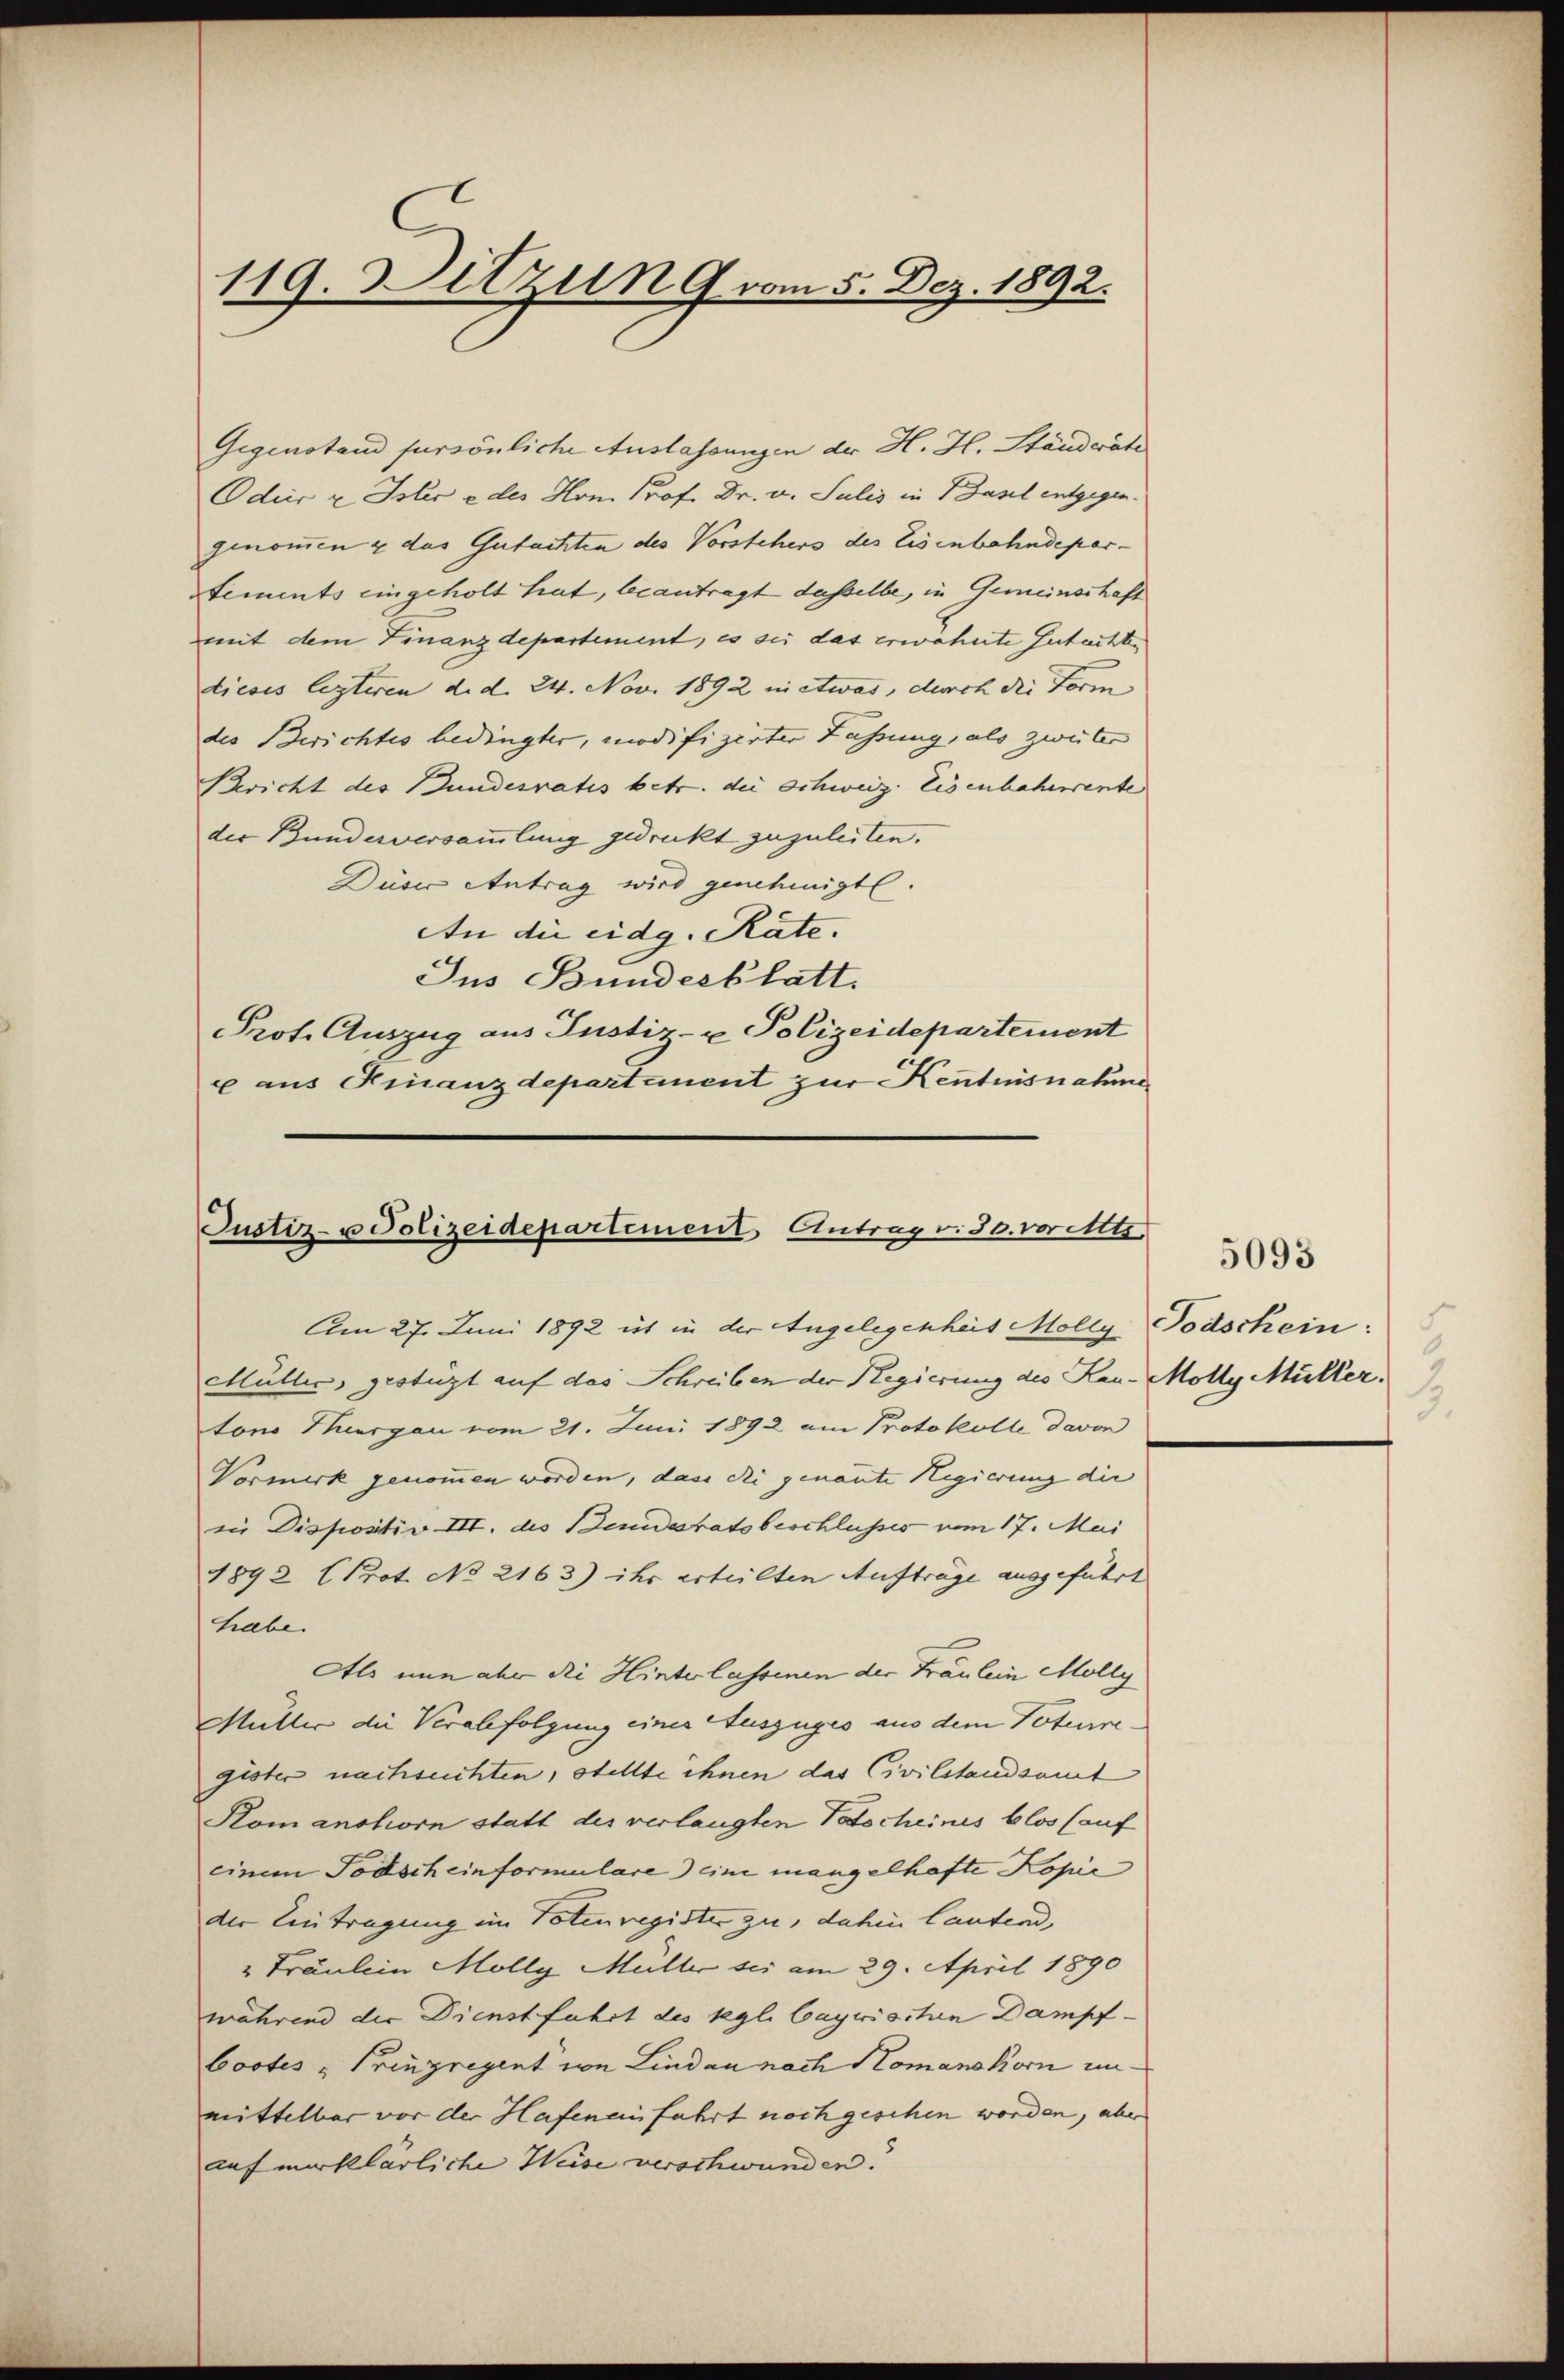
119. Sitzung vom 5. Dez. 1892.

Gegenstand fursönliche Auslassungen der H. H. Ständeräte
Oder u. Ister e des Hrn. Prof. Dr. v. Julis in Basel entgegen.
genommen & das Gutachten des Vorstehers des Eisenbahndeparstements eingeholt hat, beantragt dasselbe, in Gemeindschaft
mit dem Finanzdepartement, es sei das erwähnte Gutachte
ticois lezteren d. d. 24. Nov. 1892 in etwas, durch die Form
des Berichtes bedingter, modifizirter Fassung, als zweiter
Bericht des Bundesratis betr. die Schweiz. Eisenbaherrente
der Bundesversammlung gedruckt zuzuleiten.
Düser Antrag wird genehmigte.
An die eidg. Räte.
Jus Bundesblatt.
Prot. Auszug aus Justiz- u Polizeidepartement
u aus Finanzdepartement zur Kenntnisnahmen

Justiz- u Polizeidepartement Antrag v. 30. vor Alts
Am 27. Juni 1892 ist in der Angelegenheit Molly Todschein:

Müller, gestüzt auf das Schreiben der Regierung des Kau-Molly Müller.
tons Thurgau vom 21. Juni 1892 am Protokolle davon
Vormerk genommen worden, dass die genannte Regierung die
in Dispositiv III. des Benidesratsbeschlusses vom 17. Mai
1892 (Prot. No 2163) ihr erteilten Aufträge ausgeführt
habe.
Als nun aber die Hinterlassenen der Fräulein Molly
Müller die Verabfolgung eines Auszuges aus dem Totenregister nachsuchten, stellte ihnen das Civilstandsamt
Komanshorn statt des verlangten Patscheines blos (auf
einem Todscheinformulare eine mangelhafte Kopie
der Eintragung im Votenregister zu, dahin lautend,
" Fräulein Mölly Müller sei am 29. April 1890
während die Dienstfahrt des kgli bayrischen Dampfbootes Prinzregent von Lindau nach Komanokorn unmittelbar vor der Hafen einfahrt noch geschen worden, aber
aufmerklärliche Weise verschwunden.

s
J.

5093